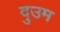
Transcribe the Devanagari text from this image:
दुउम